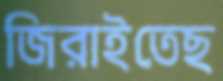
জিরাইতেছ